Leprosy in India: report of the Leprosy Commission in India, 1890-91
Year: 1890
Disease focus: Leprosy
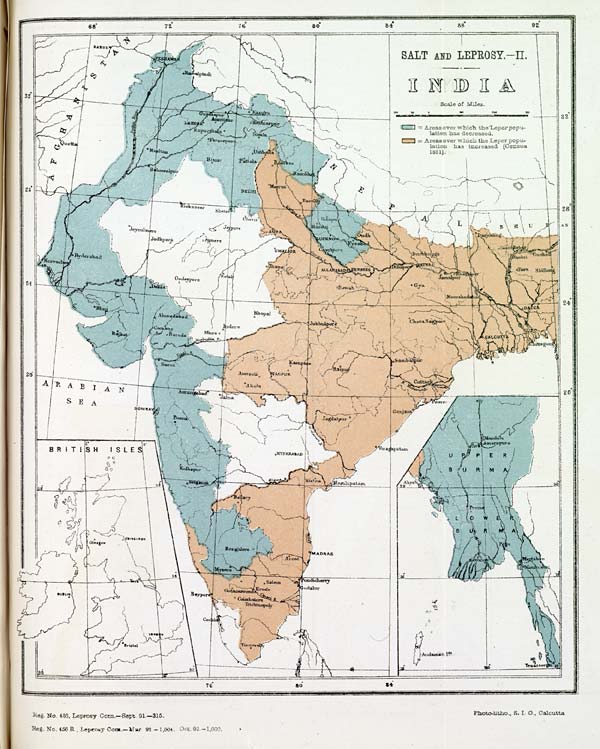
Reg. No. 458, Leprosy Com.—Sept. 91.—315.
Reg. No. 456 R . Leprosy Com.—Mar. 92. -1,004. Oct. 92.-1,000.
Photo-litho., S. I. O., Calcutta